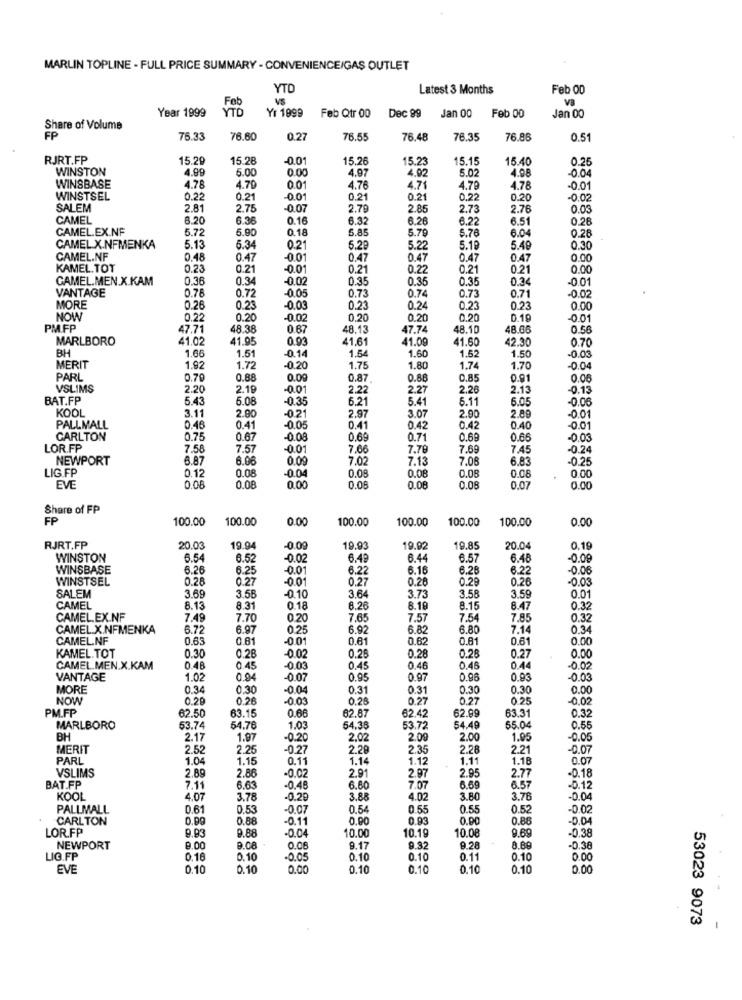
MARLIN TOPLINE - FULL PRICE SUMMARY - CONVENIENCE/GAS OUTLET
YTO
Latest 3 Months
Feb 00
Feb
VS
VB
Year 1999
YTD
Yr 1999
Feb Qtr 00
Dec 99
Jan 00
Feb 00
Jan 00
Share of Volume
FP
76.33
76.60
0.27
76.55
76.48
76.35
76.86
0.51
RJRT.FP
15.29
15.28
-0.0
15.26
15.23
15.15
15.40
0.25
WINSTON
4.99
5.00
4.97
4.02
5.02
4.98
-0.04
WINSBASE
4.78
4.70
0.0
4.76
4.7%
4.79
4.78
-0.01
WINSTSEL
0.22
0.21
-0.01
0.21
0.21
0.22
0.20
0.02
SALEM
2.81
2.75
-0.07
2.79
2.85
2.73
2.76
0.03
CAMEL
8.20
6.36
0.16
6.32
6.26
6.22
6.51
0.28
CAMEL.EX.NF
5.72
5.9
0.18
6.89
5.79
5.76
6.04
0.28
CAMEL X.NFMENKA
5.13
5.34
0.21
5.29
5.22
5.10
5.49
0.30
CAMEL.NF
0.48
0.47
-0.01
0.47
0.47
0.47
0.47
0.00
KAMEL.TOT
0.23
0.21
-0.01
0.21
0.22
0.21
0.21
0.00
CAMEL.MEN.X.KAM
0.36
0.34
-0.02
0.35
0.35
0.35
0.34
-0.01
VANTAGE
0.78
-0.05
0.73
0.74
-0.02
0.72
0.73
0.71
MORE
0.26
0.23
-0.00
0.23
0.24
0.23
0.23
0.00
NOW
0.22
0.20
-0.02
0.20
0.20
0.20
D.19
-0.01
PM.FP
47.71
48.38
0.67
48.13
47.74
48.10
48.06
0.56
MARLBORO
41.02
41.95
0.93
41.61
41.09
41.60
42.30
0.70
BH
1.66
1.51
1.54
1.52
-0.03
-0.14
1.60
1.50
MERIT
1.92
1.72
-0.20
1.75
1.80
1.74
1.70
-0.04
PARL
0.70
0.88
0.09
0.87
0.88
0.85
0.91
0.06
VSLIMS
2.20
2.19
-0.01
2.22
2.27
2.20
2.13
0.13
BAT.FP
5.43
5.08
-0.35
6.21
5.41
6.11
6.05
-0.06
KOOL
2.89
3.11
2.90
-0.21
2.97
3.07
2.90
PALLMALL
0.46
0.41
-0.05
041
0.42
0.42
0.40
-0.01
CARLTON
0.75
0.67
-0.08
0.69
0.71
0.69
NONOO
0.66
-0.03
LOR.FP
7.58
7.57
-0.01
7.66
7.79
7.69
7.45
-0.24
NEWPORT
6.87
6.06
0.09
7.02
7.13
7.08
6.83
-0.25
LIG.FP
0.12
-0.04
0.08
0.08
0.06
0.08
0.00
0.08
0.00
EVE
0.08
0.08
0.00
0.00
0.08
0.07
0.00
Share of FP
FP
100.00
100.00
0.00
100.00
100.00
100.00
100.00
0.00
RJRT.FP
20.03
19.94
-0.09
19.93
19.92
19.8
20.04
0,19
WINSTON
6.54
6.5
-0.02
6.4
6.44
6.57
6.48
-0.00
WINSBASE
6.26
6.25
-0.01
6.22
6.16
6.26
6.22
-0.06
WINSTSEL
0.28
0.27
-0.01
0.2
0.28
0.29
0.26
-0.03
SALEM
3.69
3.5
-0.10
3.6
3.73
3.58
3.59
0.01
CAMEL
8.13
8.31
0.18
8.26
8.19
8.15
8.47
0.32
CAMEL.EX.NF
7.49
7.70
0.20
7.65
7.57
7.54
7.85
0.32
CAMEL X.NFMENKA
6.72
6.97
0.25
6.92
6.82
6.80
7.14
0.34
CAMEL.NF
0.63
0 81
-0.01
0.61
0.62
0.81
0.61
0.00
KAMEL.TOT
0.30
0.28
-0.02
0.25
0.28
0.28
0.27
0.00
CAMEL.MEN.X.KAM
0.48
0.45
-0.03
0.45
0.46
0.45
-0.02
VANTAGE
1.02
0.94
-0.07
0.95
0.97
0.96
0.93
-0.03
MORE
0.34
0.30
-0.0
0.31
0.31
0.30
0.30
0.00
NOW
0.29
0.26
-0.03
0.28
0.27
0.27
0.25
-0.02
PM.FP
0.66
82.87
62.99
63.31
0.32
62.50
63.15
62.42
MARLBORO
53.74
54.76
1.03
54.3
53.72
54.49
55.04
0.55
BH
2.17
1.97
-0.20
2.02
2.00
2.00
1.95
-0.05
MERIT
2.52
2.25
-0.27
2.29
2.35
2.28
2.21
-0.07
PARL
1.04
1.15
0.11
1.14
1.12
1.11
1.18
0.07
VSLIMS
2.89
-0.02
2.91
2.95
2.77
BAT.FP
2.88
2.97
-0.18
7.11
6.63
-0.4
6.60
7.07
6.6
6.57
-0.12
KOOL
4.07
3.78
-0.29
3.88
4.02
3.80
3.76
-0.04
PALLMALL
0.61
0.53
-0.07
0.54
0.55
0.55
0.52
-0.02
CARLTON
0.99
0.88
-0.11
0,90
0.93
0.00
0.86
-0.04
LOR.FP
9.93
9.88
-0.04
10.00
10.19
10.08
9.69
-0.38
NEWPORT
9.00
9.08
0.0
9.17
9.32
9.28
8.89
-0,38
LIG.FP
0.16
0.10
-0.05
0.10
0.10
0.11
0.10
0.00
EVE
0.10
0.10
0.00
0.10
0.10
0.10
0.10
0.00
53023 9073